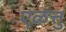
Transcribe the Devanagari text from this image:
एळत्तु